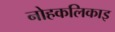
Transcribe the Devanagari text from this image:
नोहकलिकाइ